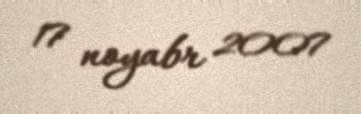
17 noyabr 2007